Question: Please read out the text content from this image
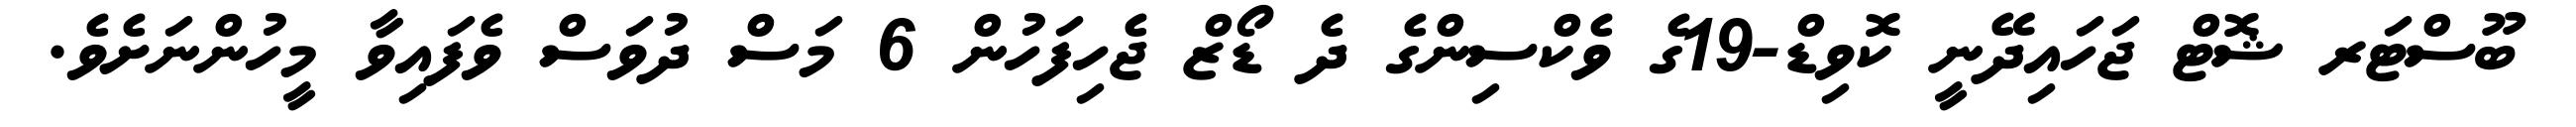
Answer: ބޫސްޓަރ ޝޮޓް ޖަހައިދޭނީ ކޮވިޑް-19ގެ ވެކްސިންގެ ދެ ޑޯޒް ޖެހިފަހުން 6 މަސް ދުވަސް ވެފައިވާ މީހުންނަށެވެ.